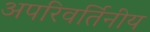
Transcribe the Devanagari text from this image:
अपरिवर्तिनीय